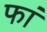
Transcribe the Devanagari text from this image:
फां